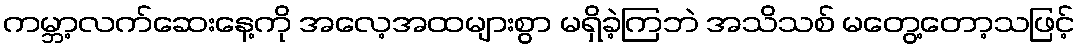
ကမ္ဘာ့လက်ဆေးနေ့ကို အလေ့အထများစွာ မရှိခဲ့ကြဘဲ အသိသစ် မတွေ့တော့သဖြင့်